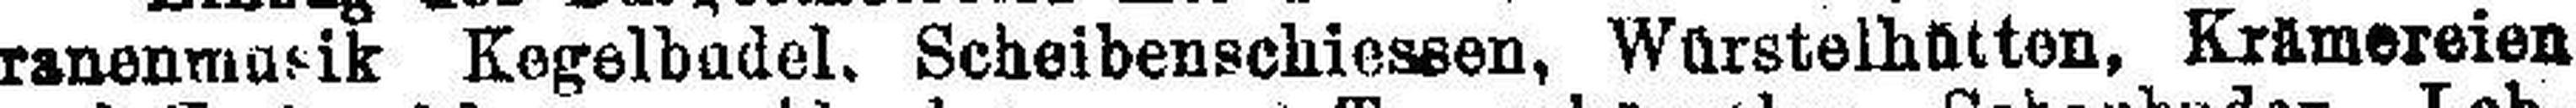
ranenmarik Kegelhadel. Scheibenschiessen, Würstelhütten, Krämereien